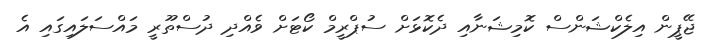
ޖޭޕީން އިލެކްޝަންސް ކޮމިޝަނާއި ދެކޮޅަށް ސުޕްރީމް ކޯޓަށް ވެއްދި ދުސްތޫރީ މައްސަލައިގައި އެ